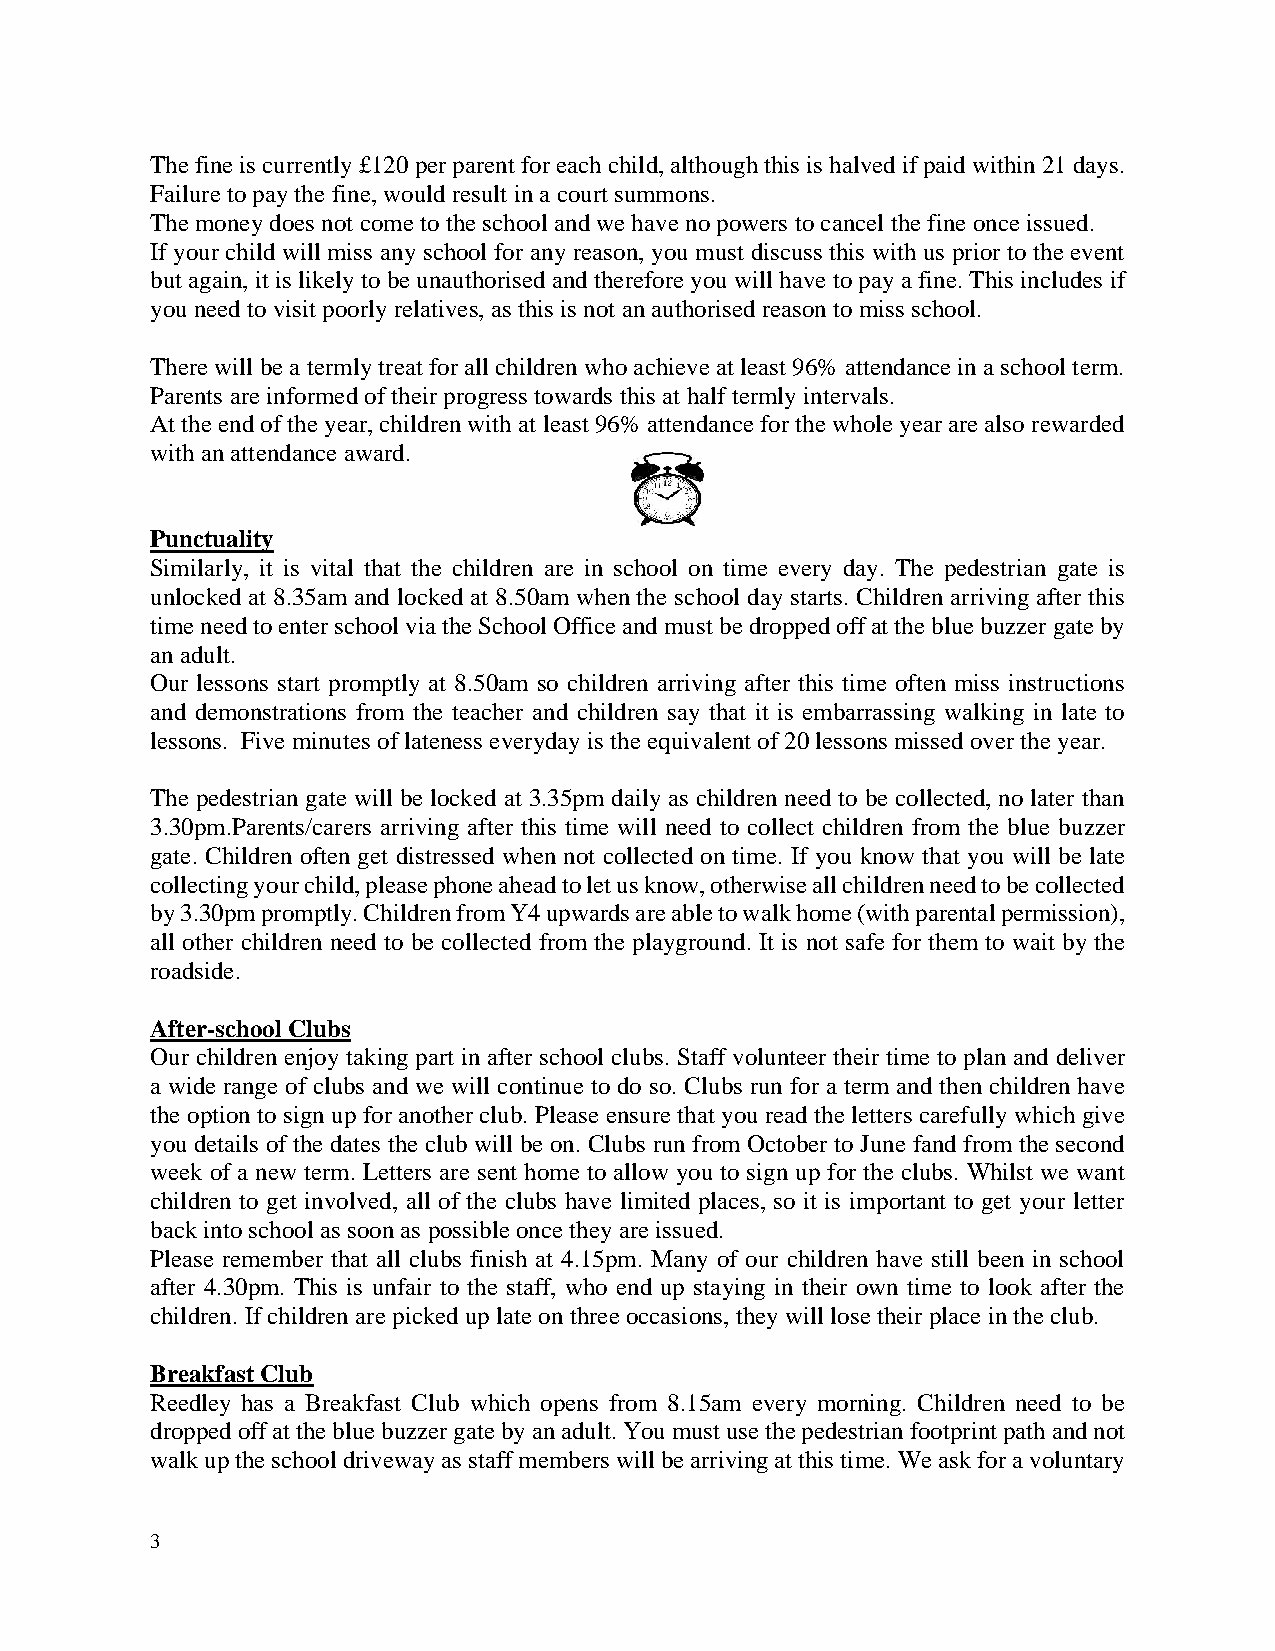
The fine is currently £120 per parent for each child, although this is halved if paid within 21 days.
 Failure to pay the fine, would result in a court summons.
 The money does not come to the school and we have no powers to cancel the fine once issued.
 If your child will miss any school for any reason, you must discuss this with us prior to the event
 but again, it is likely to be unauthorised and therefore you will have to pay a fine. This includes if
 you need to visit poorly relatives, as this is not an authorised reason to miss school.
 There will be a termly treat for all children who achieve at least 96% attendance in a school term.
 Parents are informed of their progress towards this at half termly intervals.
 At the end of the year, children with at least 96% attendance for the whole year are also rewarded
 with an attendance award.
 Punctuality
 Similarly, it is vital that the children are in school on time every day. The pedestrian gate is
 unlocked at 8.35am and locked at 8.50am when the school day starts. Children arriving after this
 time need to enter school via the School Office and must be dropped off at the blue buzzer gate by
 an adult.
 Our lessons start promptly at 8.50am so children arriving after this time often miss instructions
 and demonstrations from the teacher and children say that it is embarrassing walking in late to
 lessons. Five minutes of lateness everyday is the equivalent of 20 lessons missed over the year.
 The pedestrian gate will be locked at 3.35pm daily as children need to be collected, no later than
 3.30pm.Parents/carers arriving after this time will need to collect children from the blue buzzer
 gate. Children often get distressed when not collected on time. If you know that you will be late
 collecting your child, please phone ahead to let us know, otherwise all children need to be collected
 by 3.30pm promptly. Children from Y4 upwards are able to walk home (with parental permission),
 all other children need to be collected from the playground. It is not safe for them to wait by the
 roadside.
 After-school Clubs
 Our children enjoy taking part in after school clubs. Staff volunteer their time to plan and deliver
 a wide range of clubs and we will continue to do so. Clubs run for a term and then children have
 the option to sign up for another club. Please ensure that you read the letters carefully which give
 you details of the dates the club will be on. Clubs run from October to June fand from the second
 week of a new term. Letters are sent home to allow you to sign up for the clubs. Whilst we want
 children to get involved, all of the clubs have limited places, so it is important to get your letter
 back into school as soon as possible once they are issued.
 Please remember that all clubs finish at 4.15pm. Many of our children have still been in school
 after 4.30pm. This is unfair to the staff, who end up staying in their own time to look after the
 children. If children are picked up late on three occasions, they will lose their place in the club.
 Breakfast Club
 Reedley has a Breakfast Club which opens from 8.15am every morning. Children need to be
 dropped off at the blue buzzer gate by an adult. You must use the pedestrian footprint path and not
 walk up the school driveway as staff members will be arriving at this time. We ask for a voluntary
 3